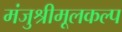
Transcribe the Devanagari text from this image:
मंजुश्रीमूलकल्प